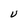
Character: U